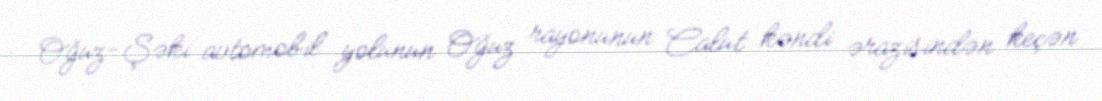
Oğuz-Şəki avtomobil yolunun Oğuz rayonunun Calut kəndi ərazisindən keçən